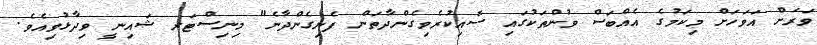
ވަރަށް އަވަހަށް މިކަމުގެ އެއްބަސް ވުންތަކުގައި ސޮއިކުރެވިގެންދާތަން ފެނިގެންދާނެ" މިނިސްޓަރ ޝައިނީ ވިދާޅުވިއެވެ.